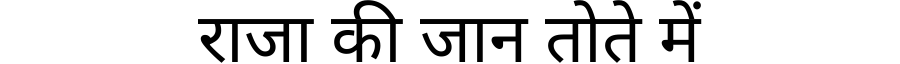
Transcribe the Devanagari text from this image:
राजा की जान तोते में